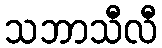
သဘာသီလီ